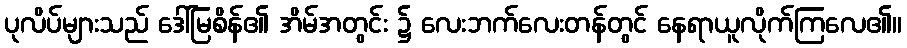
ပုလိပ်များသည် ဒေါ်မြစိန်၏ အိမ်အတွင်း ၌ လေးဘက်လေးတန်တွင် နေရာယူလိုက်ကြလေ၏။